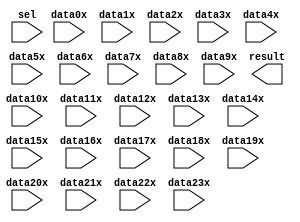
// megafunction wizard: %LPM_MUX%VBB%
// GENERATION: STANDARD
// VERSION: WM1.0
// MODULE: LPM_MUX 

// ============================================================
// Megafunction Name(s):
// 			LPM_MUX
//
// Simulation Library Files(s):
// 			lpm
// ============================================================
// ************************************************************
// THIS IS A WIZARD-GENERATED FILE. DO NOT EDIT THIS FILE!
//
// 13.0.1 Build 232 06/12/2013 SP 1 SJ Web Edition
// ************************************************************

//Copyright (C) 1991-2013 Altera Corporation
//Your use of Altera Corporation's design tools, logic functions 
//and other software and tools, and its AMPP partner logic 
//functions, and any output files from any of the foregoing 
//(including device programming or simulation files), and any 
//associated documentation or information are expressly subject 
//to the terms and conditions of the Altera Program License 
//Subscription Agreement, Altera MegaCore Function License 
//Agreement, or other applicable license agreement, including, 
//without limitation, that your use is for the sole purpose of 
//programming logic devices manufactured by Altera and sold by 
//Altera or its authorized distributors.  Please refer to the 
//applicable agreement for further details.

module ALU_MUX (
	data0x,
	data10x,
	data11x,
	data12x,
	data13x,
	data14x,
	data15x,
	data16x,
	data17x,
	data18x,
	data19x,
	data1x,
	data20x,
	data21x,
	data22x,
	data23x,
	data2x,
	data3x,
	data4x,
	data5x,
	data6x,
	data7x,
	data8x,
	data9x,
	sel,
	result);

	input	[31:0]  data0x;
	input	[31:0]  data10x;
	input	[31:0]  data11x;
	input	[31:0]  data12x;
	input	[31:0]  data13x;
	input	[31:0]  data14x;
	input	[31:0]  data15x;
	input	[31:0]  data16x;
	input	[31:0]  data17x;
	input	[31:0]  data18x;
	input	[31:0]  data19x;
	input	[31:0]  data1x;
	input	[31:0]  data20x;
	input	[31:0]  data21x;
	input	[31:0]  data22x;
	input	[31:0]  data23x;
	input	[31:0]  data2x;
	input	[31:0]  data3x;
	input	[31:0]  data4x;
	input	[31:0]  data5x;
	input	[31:0]  data6x;
	input	[31:0]  data7x;
	input	[31:0]  data8x;
	input	[31:0]  data9x;
	input	[4:0]  sel;
	output	[31:0]  result;

endmodule

// ============================================================
// CNX file retrieval info
// ============================================================
// Retrieval info: PRIVATE: INTENDED_DEVICE_FAMILY STRING "Cyclone IV GX"
// Retrieval info: PRIVATE: SYNTH_WRAPPER_GEN_POSTFIX STRING "1"
// Retrieval info: PRIVATE: new_diagram STRING "1"
// Retrieval info: LIBRARY: lpm lpm.lpm_components.all
// Retrieval info: CONSTANT: LPM_SIZE NUMERIC "24"
// Retrieval info: CONSTANT: LPM_TYPE STRING "LPM_MUX"
// Retrieval info: CONSTANT: LPM_WIDTH NUMERIC "32"
// Retrieval info: CONSTANT: LPM_WIDTHS NUMERIC "5"
// Retrieval info: USED_PORT: data0x 0 0 32 0 INPUT NODEFVAL "data0x[31..0]"
// Retrieval info: USED_PORT: data10x 0 0 32 0 INPUT NODEFVAL "data10x[31..0]"
// Retrieval info: USED_PORT: data11x 0 0 32 0 INPUT NODEFVAL "data11x[31..0]"
// Retrieval info: USED_PORT: data12x 0 0 32 0 INPUT NODEFVAL "data12x[31..0]"
// Retrieval info: USED_PORT: data13x 0 0 32 0 INPUT NODEFVAL "data13x[31..0]"
// Retrieval info: USED_PORT: data14x 0 0 32 0 INPUT NODEFVAL "data14x[31..0]"
// Retrieval info: USED_PORT: data15x 0 0 32 0 INPUT NODEFVAL "data15x[31..0]"
// Retrieval info: USED_PORT: data16x 0 0 32 0 INPUT NODEFVAL "data16x[31..0]"
// Retrieval info: USED_PORT: data17x 0 0 32 0 INPUT NODEFVAL "data17x[31..0]"
// Retrieval info: USED_PORT: data18x 0 0 32 0 INPUT NODEFVAL "data18x[31..0]"
// Retrieval info: USED_PORT: data19x 0 0 32 0 INPUT NODEFVAL "data19x[31..0]"
// Retrieval info: USED_PORT: data1x 0 0 32 0 INPUT NODEFVAL "data1x[31..0]"
// Retrieval info: USED_PORT: data20x 0 0 32 0 INPUT NODEFVAL "data20x[31..0]"
// Retrieval info: USED_PORT: data21x 0 0 32 0 INPUT NODEFVAL "data21x[31..0]"
// Retrieval info: USED_PORT: data22x 0 0 32 0 INPUT NODEFVAL "data22x[31..0]"
// Retrieval info: USED_PORT: data23x 0 0 32 0 INPUT NODEFVAL "data23x[31..0]"
// Retrieval info: USED_PORT: data2x 0 0 32 0 INPUT NODEFVAL "data2x[31..0]"
// Retrieval info: USED_PORT: data3x 0 0 32 0 INPUT NODEFVAL "data3x[31..0]"
// Retrieval info: USED_PORT: data4x 0 0 32 0 INPUT NODEFVAL "data4x[31..0]"
// Retrieval info: USED_PORT: data5x 0 0 32 0 INPUT NODEFVAL "data5x[31..0]"
// Retrieval info: USED_PORT: data6x 0 0 32 0 INPUT NODEFVAL "data6x[31..0]"
// Retrieval info: USED_PORT: data7x 0 0 32 0 INPUT NODEFVAL "data7x[31..0]"
// Retrieval info: USED_PORT: data8x 0 0 32 0 INPUT NODEFVAL "data8x[31..0]"
// Retrieval info: USED_PORT: data9x 0 0 32 0 INPUT NODEFVAL "data9x[31..0]"
// Retrieval info: USED_PORT: result 0 0 32 0 OUTPUT NODEFVAL "result[31..0]"
// Retrieval info: USED_PORT: sel 0 0 5 0 INPUT NODEFVAL "sel[4..0]"
// Retrieval info: CONNECT: @data 0 0 32 0 data0x 0 0 32 0
// Retrieval info: CONNECT: @data 0 0 32 320 data10x 0 0 32 0
// Retrieval info: CONNECT: @data 0 0 32 352 data11x 0 0 32 0
// Retrieval info: CONNECT: @data 0 0 32 384 data12x 0 0 32 0
// Retrieval info: CONNECT: @data 0 0 32 416 data13x 0 0 32 0
// Retrieval info: CONNECT: @data 0 0 32 448 data14x 0 0 32 0
// Retrieval info: CONNECT: @data 0 0 32 480 data15x 0 0 32 0
// Retrieval info: CONNECT: @data 0 0 32 512 data16x 0 0 32 0
// Retrieval info: CONNECT: @data 0 0 32 544 data17x 0 0 32 0
// Retrieval info: CONNECT: @data 0 0 32 576 data18x 0 0 32 0
// Retrieval info: CONNECT: @data 0 0 32 608 data19x 0 0 32 0
// Retrieval info: CONNECT: @data 0 0 32 32 data1x 0 0 32 0
// Retrieval info: CONNECT: @data 0 0 32 640 data20x 0 0 32 0
// Retrieval info: CONNECT: @data 0 0 32 672 data21x 0 0 32 0
// Retrieval info: CONNECT: @data 0 0 32 704 data22x 0 0 32 0
// Retrieval info: CONNECT: @data 0 0 32 736 data23x 0 0 32 0
// Retrieval info: CONNECT: @data 0 0 32 64 data2x 0 0 32 0
// Retrieval info: CONNECT: @data 0 0 32 96 data3x 0 0 32 0
// Retrieval info: CONNECT: @data 0 0 32 128 data4x 0 0 32 0
// Retrieval info: CONNECT: @data 0 0 32 160 data5x 0 0 32 0
// Retrieval info: CONNECT: @data 0 0 32 192 data6x 0 0 32 0
// Retrieval info: CONNECT: @data 0 0 32 224 data7x 0 0 32 0
// Retrieval info: CONNECT: @data 0 0 32 256 data8x 0 0 32 0
// Retrieval info: CONNECT: @data 0 0 32 288 data9x 0 0 32 0
// Retrieval info: CONNECT: @sel 0 0 5 0 sel 0 0 5 0
// Retrieval info: CONNECT: result 0 0 32 0 @result 0 0 32 0
// Retrieval info: GEN_FILE: TYPE_NORMAL ALU_MUX.v TRUE
// Retrieval info: GEN_FILE: TYPE_NORMAL ALU_MUX.inc FALSE
// Retrieval info: GEN_FILE: TYPE_NORMAL ALU_MUX.cmp FALSE
// Retrieval info: GEN_FILE: TYPE_NORMAL ALU_MUX.bsf TRUE
// Retrieval info: GEN_FILE: TYPE_NORMAL ALU_MUX_inst.v FALSE
// Retrieval info: GEN_FILE: TYPE_NORMAL ALU_MUX_bb.v TRUE
// Retrieval info: GEN_FILE: TYPE_NORMAL ALU_MUX_syn.v TRUE
// Retrieval info: LIB_FILE: lpm